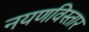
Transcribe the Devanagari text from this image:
नयणविस्तार